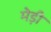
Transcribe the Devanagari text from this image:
मेड़ी